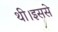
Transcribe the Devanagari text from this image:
थी।इससे